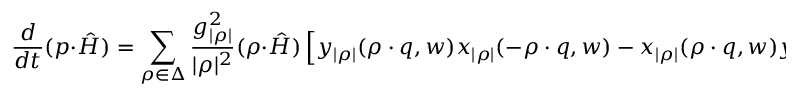
{ \frac { d } { d t } } ( p \cdot \hat { H } ) = \sum _ { \rho \in \Delta } { \frac { g _ { | \rho | } ^ { 2 } } { | \rho | ^ { 2 } } } ( \rho \cdot \hat { H } ) \left[ y _ { | \rho | } ( \rho \cdot q , w ) x _ { | \rho | } ( - \rho \cdot q , w ) - x _ { | \rho | } ( \rho \cdot q , w ) y _ { | \rho | } ( - \rho \cdot q , w ) \right] .